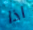
اذا